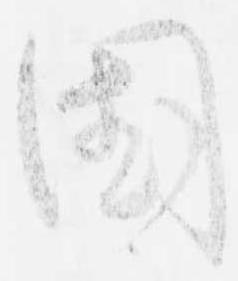
国